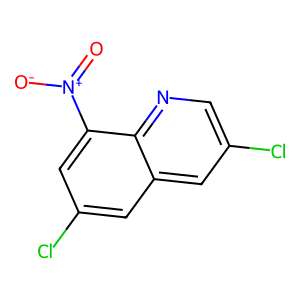
SMILES: O=[N+]([O-])c1cc(Cl)cc2cc(Cl)cnc12
Inhibits HIV replication: No